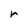
Character: r